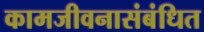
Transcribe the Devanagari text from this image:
कामजीवनासंबंधित